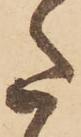
た